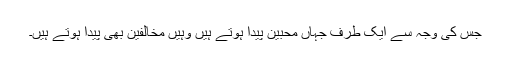
جس کی وجہ سے ایک طرف جہاں محبین پیدا ہوتے ہیں وہیں مخالفین بھی پیدا ہوتے ہیں۔